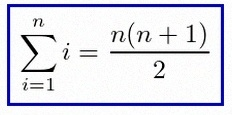
\sum_{i=1}^{n}i=\frac{n(n+1)}2